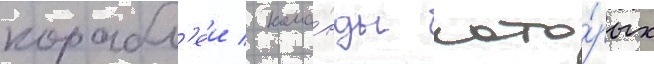
корабл'еи / кома́нды кото́рых